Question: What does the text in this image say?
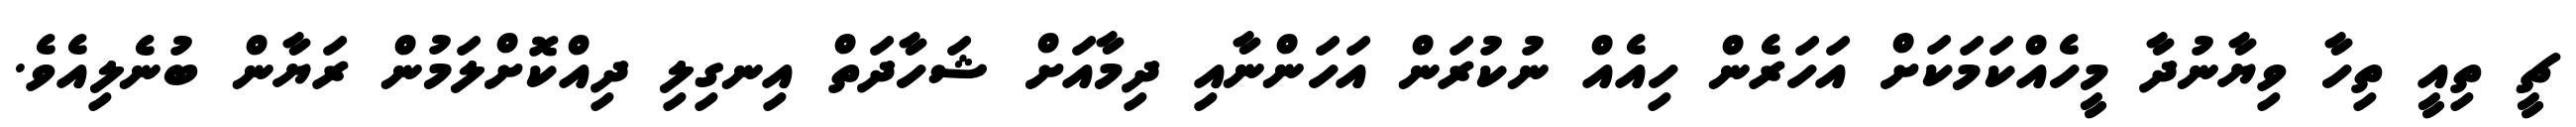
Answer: ޗީ ތިއީ ތިހާ ވިޔާނުދާ މީހެއްކަމަކަށް އަހަރެން ހިއެއް ނުކުރަން އަހަންނާއި ދިމާއަށް ޝަހާދަތް އިނގިލި ދިއްކޮށްލަމުން ރަޔާން ބުނެލިއެވެ.